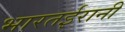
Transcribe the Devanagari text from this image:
भारतईरानी